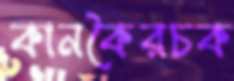
কানকৈরচক